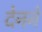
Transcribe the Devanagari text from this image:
देनने